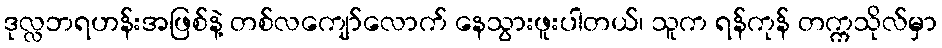
ဒုလ္လဘရဟန်းအဖြစ်နဲ့ တစ်လကျော်လောက် နေသွားဖူးပါတယ်၊ သူက ရန်ကုန် တက္ကသိုလ်မှာ